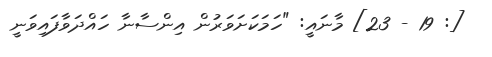
[: 19 - 23] މާނައީ: "ހަމަކަށަވަރުން އިންސާނާ ހައްދަވާފައިވަނީ